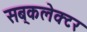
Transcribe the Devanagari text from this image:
सब्‌कलेक्टर